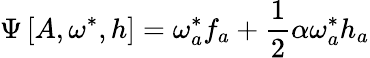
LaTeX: \Psi\left[A,\omega^{*},h\right]=\omega_{a}^{*}f_{a}+\frac{1}{2}\alpha\omega_{a}^{*}h_{a}